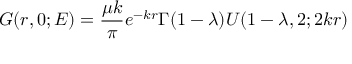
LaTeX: G ( r , 0 ; E ) = \frac { \mu k } { \pi } e ^ { - k r } \Gamma ( 1 - \lambda ) U ( 1 - \lambda , 2 ; 2 k r )